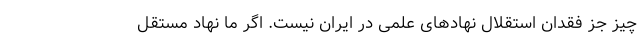
چیز جز فقدان استقلال نهادهای علمی در ایران نیست. اگر ما نهاد مستقل